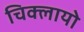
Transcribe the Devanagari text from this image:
चिक्लायो